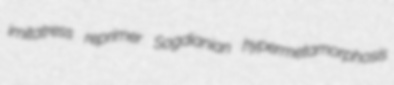
imitatress reprimer Sogdianian hypermetamorphosis